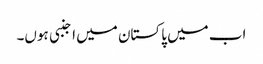
اب میں پاکستان میں اجنبی ہوں۔